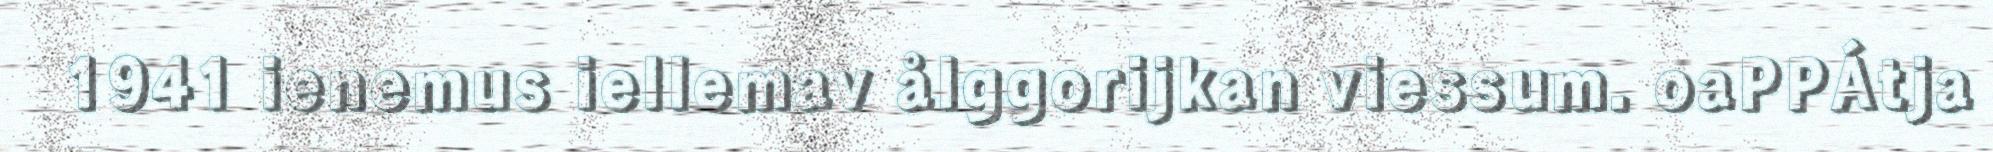
1941 ienemus iellemav ålggorijkan viessum. oaPPÁtja